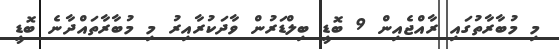
މި މުބާރާތުގައި ރާއްޖެއިން 9 ބޮޑީ ބިލްޑަރުން ވާދަކުރާއިރު މި މުބާރާތައްދާނެ ބޮޑީ